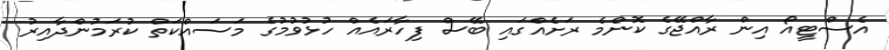
އެސްޓީއޯ އިން ރާއްޖޭގެ ކޮންމެ ރަށެއްގައި ބޭސް ފިހާރައެއް ހުޅުވުމުގެ މަސައްކަތް ކުރަމުންދާއިރު